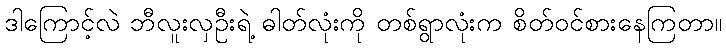
ဒါကြောင့်လဲ ဘီလူးလှဦးရဲ့ ဓါတ်လုံးကို တစ်ရွာလုံးက စိတ်ဝင်စားနေကြတာ။